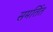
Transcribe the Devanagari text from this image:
समर्तित